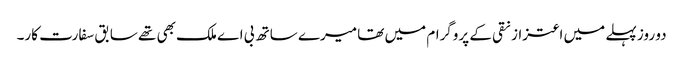
دو روز پہلے میں اعتزاز نقی کے پروگرام میں تھا میرے ساتھ بی اے ملک بھی تھے سابق سفارت کار۔